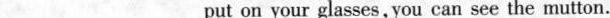
___ ___ put on your glasses, you can see the mutton.